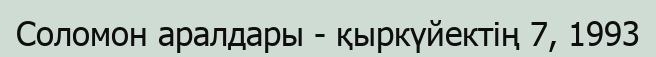
Соломон аралдары - қыркүйектің 7, 1993